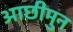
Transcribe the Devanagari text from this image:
आछीमुन